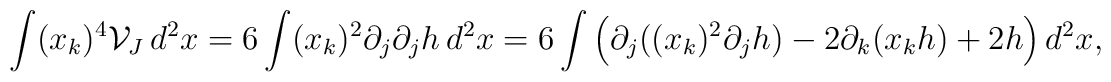
\int (x_{k})^{4}\mathcal{V}_{J}\, d^{2}x=6\int (x_{k})^{2}\partial_{j}\partial_{j}h \, d^{2}x=6\int \left(\partial_{j}((x_{k})^{2} \partial_{j}h)-2\partial_{k}(x_{k}h) +2 h \right) d^{2}x,